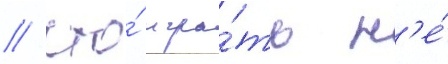
/ что́ игра́ть н'е́